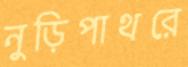
নুড়িপাথরে